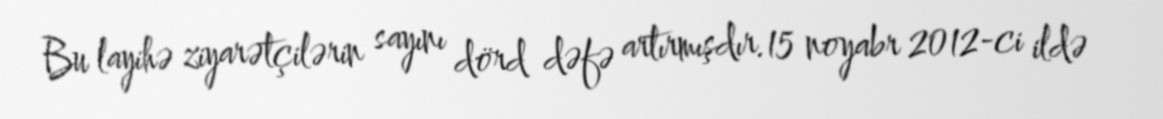
Bu layihə ziyarətçilərin sayını dörd dəfə artırmışdır.15 noyabr 2012-ci ildə